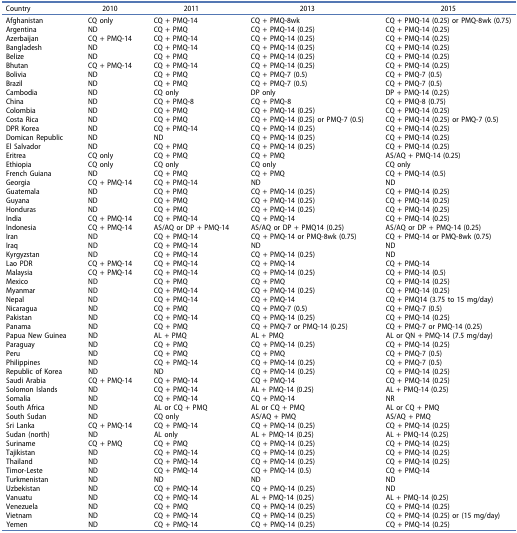
<table><thead><tr><td><b>Country</b></td><td><b>2010</b></td><td><b>2011</b></td><td><b>2013</b></td><td><b>2015</b></td></tr></thead><tbody><tr><td>Afghanistan</td><td>CQ only</td><td>CQ + PMQ-14</td><td>CQ + PMQ-8wk</td><td>CQ + PMQ-14 (0.25) or PMQ-8wk (0.75)</td></tr><tr><td>Argentina</td><td>ND</td><td>CQ + PMQ</td><td>CQ + PMQ-14 (0.25)</td><td>CQ + PMQ-14 (0.25)</td></tr><tr><td>Azerbaijan</td><td>CQ + PMQ-14</td><td>CQ + PMQ-14</td><td>CQ + PMQ-14 (0.25)</td><td>CQ + PMQ-14 (0.25)</td></tr><tr><td>Bangladesh</td><td>ND</td><td>CQ + PMQ-14</td><td>CQ + PMQ-14 (0.25)</td><td>CQ + PMQ-14 (0.25)</td></tr><tr><td>Belize</td><td>ND</td><td>CQ + PMQ</td><td>CQ + PMQ-14 (0.25)</td><td>CQ + PMQ-14 (0.25)</td></tr><tr><td>Bhutan</td><td>CQ + PMQ-14</td><td>CQ + PMQ-14</td><td>CQ + PMQ-14 (0.25)</td><td>CQ + PMQ-14 (0.25)</td></tr><tr><td>Bolivia</td><td>ND</td><td>CQ + PMQ</td><td>CQ + PMQ-7 (0.5)</td><td>CQ + PMQ-7 (0.5)</td></tr><tr><td>Brazil</td><td>ND</td><td>CQ + PMQ</td><td>CQ + PMQ-7 (0.5)</td><td>CQ + PMQ-7 (0.5)</td></tr><tr><td>Cambodia</td><td>ND</td><td>CQ only</td><td>DP only</td><td>DP + PMQ-14 (0.25)</td></tr><tr><td>China</td><td>ND</td><td>CQ + PMQ-8</td><td>CQ + PMQ-8</td><td>CQ + PMQ-8 (0.75)</td></tr><tr><td>Colombia</td><td>ND</td><td>CQ + PMQ</td><td>CQ + PMQ-14 (0.25)</td><td>CQ + PMQ-14 (0.25)</td></tr><tr><td>Costa Rica</td><td>ND</td><td>CQ + PMQ</td><td>CQ + PMQ-14 (0.25) or PMQ-7 (0.5)</td><td>CQ + PMQ-14 (0.25) or PMQ-7 (0.5)</td></tr><tr><td>DPR Korea</td><td>ND</td><td>CQ + PMQ-14</td><td>CQ + PMQ-14 (0.25)</td><td>CQ + PMQ-14 (0.25)</td></tr><tr><td>Domican Republic</td><td>ND</td><td>ND</td><td>CQ + PMQ-14 (0.25)</td><td>CQ + PMQ-14 (0.25)</td></tr><tr><td>El Salvador</td><td>ND</td><td>CQ + PMQ</td><td>CQ + PMQ-14 (0.25)</td><td>CQ + PMQ-14 (0.25)</td></tr><tr><td>Eritrea</td><td>CQ only</td><td>CQ + PMQ</td><td>CQ + PMQ</td><td>AS/AQ + PMQ-14 (0.25)</td></tr><tr><td>Ethiopia</td><td>CQ only</td><td>CQ only</td><td>CQ only</td><td>CQ only</td></tr><tr><td>French Guiana</td><td>ND</td><td>CQ + PMQ</td><td>CQ + PMQ</td><td>CQ + PMQ-14 (0.5)</td></tr><tr><td>Georgia</td><td>CQ + PMQ-14</td><td>CQ + PMQ-14</td><td>ND</td><td>ND</td></tr><tr><td>Guatemala</td><td>ND</td><td>CQ + PMQ</td><td>CQ + PMQ-14 (0.25)</td><td>CQ + PMQ-14 (0.25)</td></tr><tr><td>Guyana</td><td>ND</td><td>CQ + PMQ</td><td>CQ + PMQ-14 (0.25)</td><td>CQ + PMQ-14 (0.25)</td></tr><tr><td>Honduras</td><td>ND</td><td>CQ + PMQ</td><td>CQ + PMQ-14 (0.25)</td><td>CQ + PMQ-14 (0.25)</td></tr><tr><td>India</td><td>CQ + PMQ-14</td><td>CQ + PMQ-14</td><td>CQ + PMQ-14</td><td>CQ + PMQ-14 (0.25)</td></tr><tr><td>Indonesia</td><td>CQ + PMQ-14</td><td>AS/AQ or DP + PMQ-14</td><td>AS/AQ or DP + PMQ14 (0.25)</td><td>AS/AQ or DP + PMQ-14 (0.25)</td></tr><tr><td>Iran</td><td>ND</td><td>CQ + PMQ-14</td><td>CQ + PMQ-14 or PMQ-8wk (0.75)</td><td>CQ + PMQ-14 or PMQ-8wk (0.75)</td></tr><tr><td>Iraq</td><td>ND</td><td>CQ + PMQ-14</td><td>ND</td><td>ND</td></tr><tr><td>Kyrgyzstan</td><td>ND</td><td>CQ + PMQ-14</td><td>CQ + PMQ-14 (0.25)</td><td>ND</td></tr><tr><td>Lao PDR</td><td>CQ + PMQ-14</td><td>CQ + PMQ-14</td><td>CQ + PMQ-14</td><td>CQ + PMQ-14</td></tr><tr><td>Malaysia</td><td>CQ + PMQ-14</td><td>CQ + PMQ-14</td><td>CQ + PMQ-14 (0.25)</td><td>CQ + PMQ-14 (0.5)</td></tr><tr><td>Mexico</td><td>ND</td><td>CQ + PMQ</td><td>CQ + PMQ</td><td>CQ + PMQ-14 (0.25)</td></tr><tr><td>Myanmar</td><td>ND</td><td>CQ + PMQ-14</td><td>CQ + PMQ-14 (0.25)</td><td>CQ + PMQ-14 (0.25)</td></tr><tr><td>Nepal</td><td>ND</td><td>CQ + PMQ-14</td><td>CQ + PMQ-14</td><td>CQ + PMQ14 (3.75 to 15 mg/day)</td></tr><tr><td>Nicaragua</td><td>ND</td><td>CQ + PMQ</td><td>CQ + PMQ-7 (0.5)</td><td>CQ + PMQ-7 (0.5)</td></tr><tr><td>Pakistan</td><td>ND</td><td>CQ + PMQ-14</td><td>CQ + PMQ-14 (0.25)</td><td>CQ + PMQ-14 (0.25)</td></tr><tr><td>Panama</td><td>ND</td><td>CQ + PMQ</td><td>CQ + PMQ-7 or PMQ-14 (0.25)</td><td>CQ + PMQ-7 or PMQ-14 (0.25)</td></tr><tr><td>Papua New Guinea</td><td>ND</td><td>AL + PMQ</td><td>AL + PMQ</td><td>AL or QN + PMQ-14 (7.5 mg/day)</td></tr><tr><td>Paraguay</td><td>ND</td><td>CQ + PMQ</td><td>CQ + PMQ-14 (0.25)</td><td>CQ + PMQ-14 (0.25)</td></tr><tr><td>Peru</td><td>ND</td><td>CQ + PMQ</td><td>CQ + PMQ</td><td>CQ + PMQ-7 (0.5)</td></tr><tr><td>Philippines</td><td>ND</td><td>CQ + PMQ-14</td><td>CQ + PMQ-14 (0.25)</td><td>CQ + PMQ-7 (0.5)</td></tr><tr><td>Republic of Korea</td><td>ND</td><td>ND</td><td>CQ + PMQ-14 (0.25)</td><td>CQ + PMQ-14 (0.25)</td></tr><tr><td>Saudi Arabia</td><td>CQ + PMQ-14</td><td>CQ + PMQ-14</td><td>CQ + PMQ-14</td><td>CQ + PMQ-14 (0.25)</td></tr><tr><td>Solomon Islands</td><td>ND</td><td>CQ + PMQ-14</td><td>AL + PMQ-14 (0.25)</td><td>AL + PMQ-14 (0.25)</td></tr><tr><td>Somalia</td><td>ND</td><td>CQ + PMQ-14</td><td>CQ + PMQ-14</td><td>NR</td></tr><tr><td>South Africa</td><td>ND</td><td>AL or CQ + PMQ</td><td>AL or CQ + PMQ</td><td>AL or CQ + PMQ</td></tr><tr><td>South Sudan</td><td>ND</td><td>CQ only</td><td>AS/AQ + PMQ</td><td>AS/AQ + PMQ</td></tr><tr><td>Sri Lanka</td><td>CQ + PMQ-14</td><td>CQ + PMQ-14</td><td>CQ + PMQ-14 (0.25)</td><td>CQ + PMQ-14 (0.25)</td></tr><tr><td>Sudan (north)</td><td>ND</td><td>AL only</td><td>AL + PMQ-14 (0.25)</td><td>AL + PMQ-14 (0.25)</td></tr><tr><td>Suriname</td><td>CQ + PMQ</td><td>CQ + PMQ</td><td>CQ + PMQ-14 (0.25)</td><td>CQ + PMQ-14 (0.25)</td></tr><tr><td>Tajikistan</td><td>ND</td><td>CQ + PMQ-14</td><td>CQ + PMQ-14 (0.25)</td><td>CQ + PMQ-14 (0.25)</td></tr><tr><td>Thailand</td><td>ND</td><td>CQ + PMQ-14</td><td>CQ + PMQ-14 (0.25)</td><td>CQ + PMQ-14 (0.25)</td></tr><tr><td>Timor-Leste</td><td>ND</td><td>CQ + PMQ-14</td><td>CQ + PMQ-14 (0.5)</td><td>CQ + PMQ-14</td></tr><tr><td>Turkmenistan</td><td>ND</td><td>ND</td><td>ND</td><td>ND</td></tr><tr><td>Uzbekistan</td><td>ND</td><td>CQ + PMQ-14</td><td>CQ + PMQ-14 (0.25)</td><td>ND</td></tr><tr><td>Vanuatu</td><td>ND</td><td>CQ + PMQ-14</td><td>AL + PMQ-14 (0.25)</td><td>AL + PMQ-14 (0.25)</td></tr><tr><td>Venezuela</td><td>ND</td><td>CQ + PMQ</td><td>CQ + PMQ-14 (0.25)</td><td>CQ + PMQ-14 (0.25)</td></tr><tr><td>Vietnam</td><td>ND</td><td>CQ + PMQ-14</td><td>CQ + PMQ-14 (0.25)</td><td>CQ + PMQ-14 (0.25) or (15 mg/day)</td></tr><tr><td>Yemen</td><td>ND</td><td>CQ + PMQ-14</td><td>CQ + PMQ-14 (0.25)</td><td>CQ + PMQ-14 (0.25)</td></tr></tbody></table>